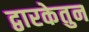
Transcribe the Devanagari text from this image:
द्वारकेतुन